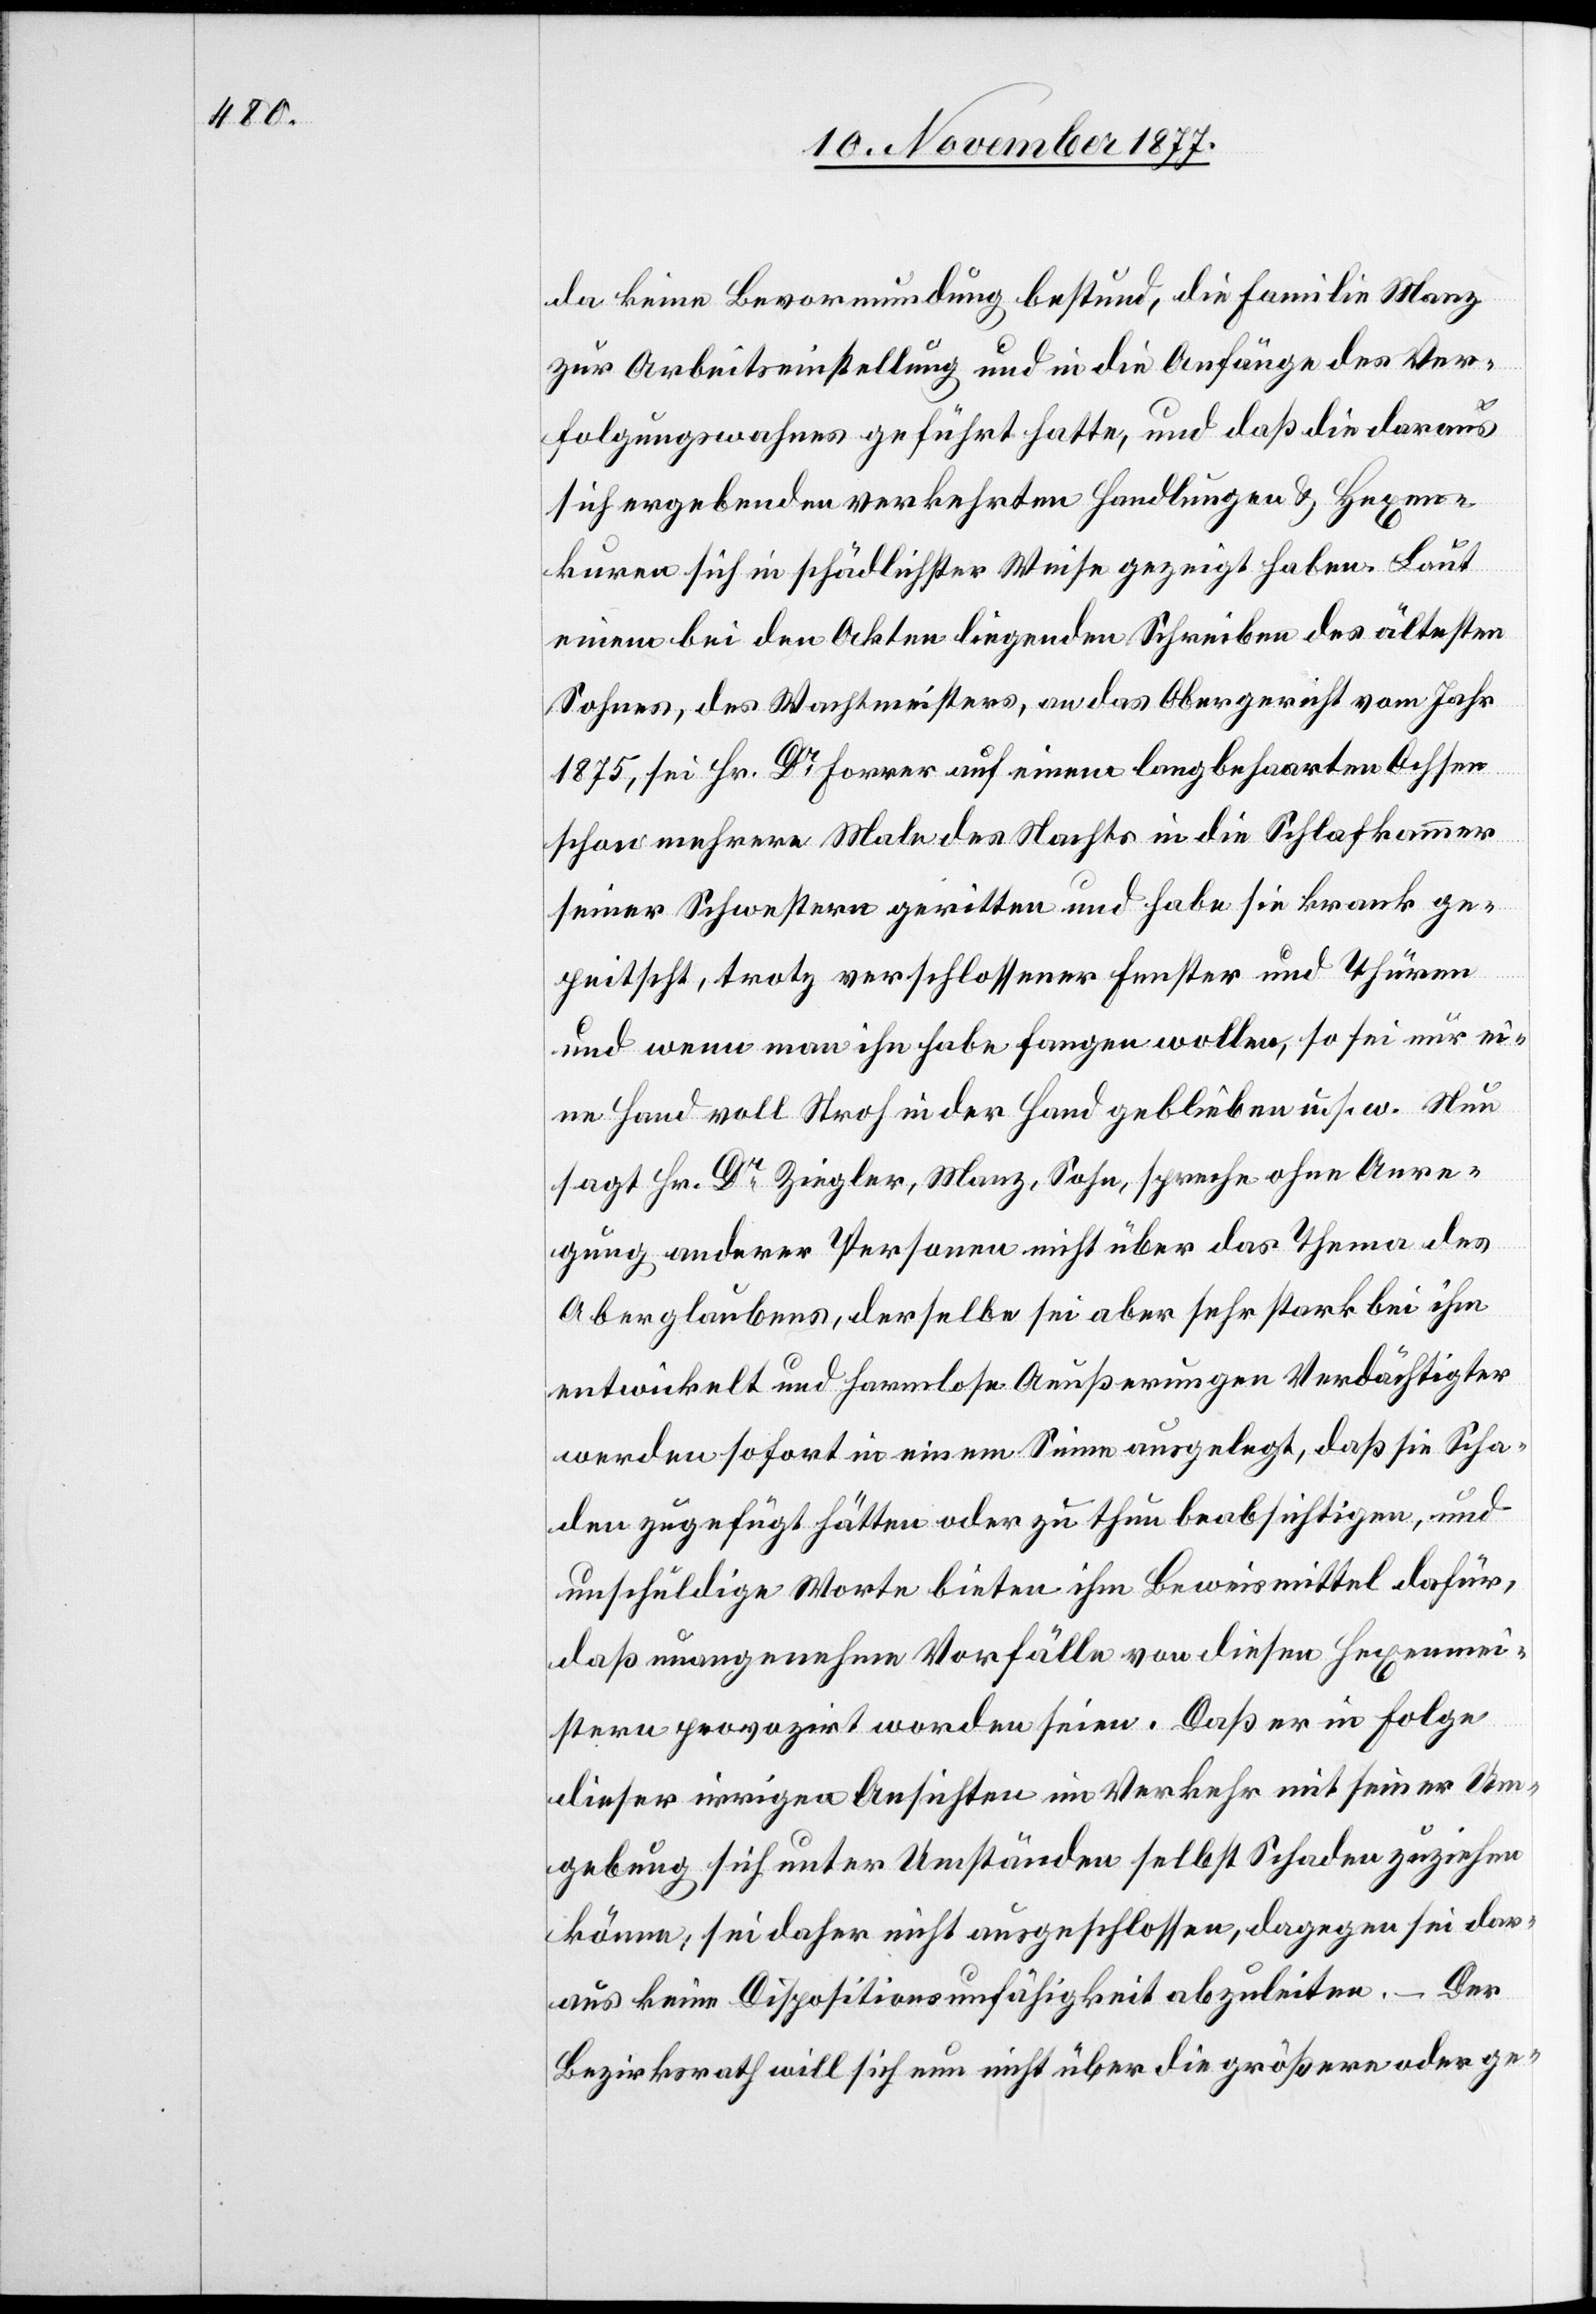
da keine Bevormundung bestund, die Familie Manz
zur Arbeitseinstellung und in die Anfänge des Ver¬
folgungswahnes geführt hatte, und daß die daraus
sich ergebenden verkehrten Handlungen & Hexen¬
kuren sich in schädlichster Weise gezeigt haben. Laut
einem bei den Akten liegenden Schreiben des ältesten
Sohnes, des Wachtmeisters, an das Obergericht vom Jahr
1875, sei Hr. Dr Forrer auf einem langbehaarten Ochsen
schon mehrere Male des Nachts in die Schlafkammer
seiner Schwestern geritten und habe sie krank ge¬
peitscht, trotz verschlossener Fenster und Thüren
und wenn man ihn habe fangen wollen, so sei nur ei¬
ne Hand voll Stroh in der Hand geblieben u. s. w. Nun
sagt Hr. Dr Ziegler, Manz, Sohn, spreche ohne Anre¬
gung anderer Personen nicht über das Thema des
Aberglaubens, derselbe sei ab er sehr stark bei ihm
entwickelt und harmlose Aeußerungen Verdächtigter
werden sofort in einem Sinne ausgelegt, daß sie Scha¬
den zugefügt hätten oder zu thun beabsichtigen, und
unschuldige Worte bieten ihm Beweismittel dafür,
daß unangenehme Vorfälle von diesen Hexenmei¬
stern provozirt worden seien. Daß er in Folge
dieser irrigen Ansichten im Verkehr mit seiner Um¬
gebung sich unter Umständen selbst Schaden zuziehen
könne, sei daher nicht ausgeschlossen, dagegen sei dar¬
aus keine Dispositionsunfähigkeit abzuleiten. – Der
Bezirksrath will sich nun nicht über die größere oder ge-